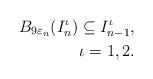
LaTeX: \begin{align*} B_{9\varepsilon_n}(I_n^\iota)\subseteq I_{n-1}^\iota,\\ \iota=1,2.\end{align*}